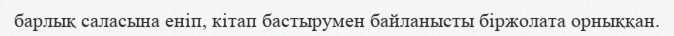
барлық саласына еніп, кітап бастырумен байланысты біржолата орныққан.